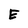
Character: E